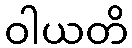
ဝါယတိ